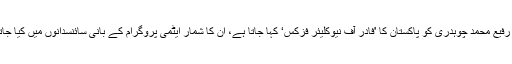
ڈاکٹر رفیع محمد چوہدری کو پاکستان کا 'فادر آف نیوکلیئر فزکس‘ کہا جاتا ہے، ان کا شمار ایٹمی پروگرام کے بانی سائنسدانوں میں کیا جاتا ہے۔